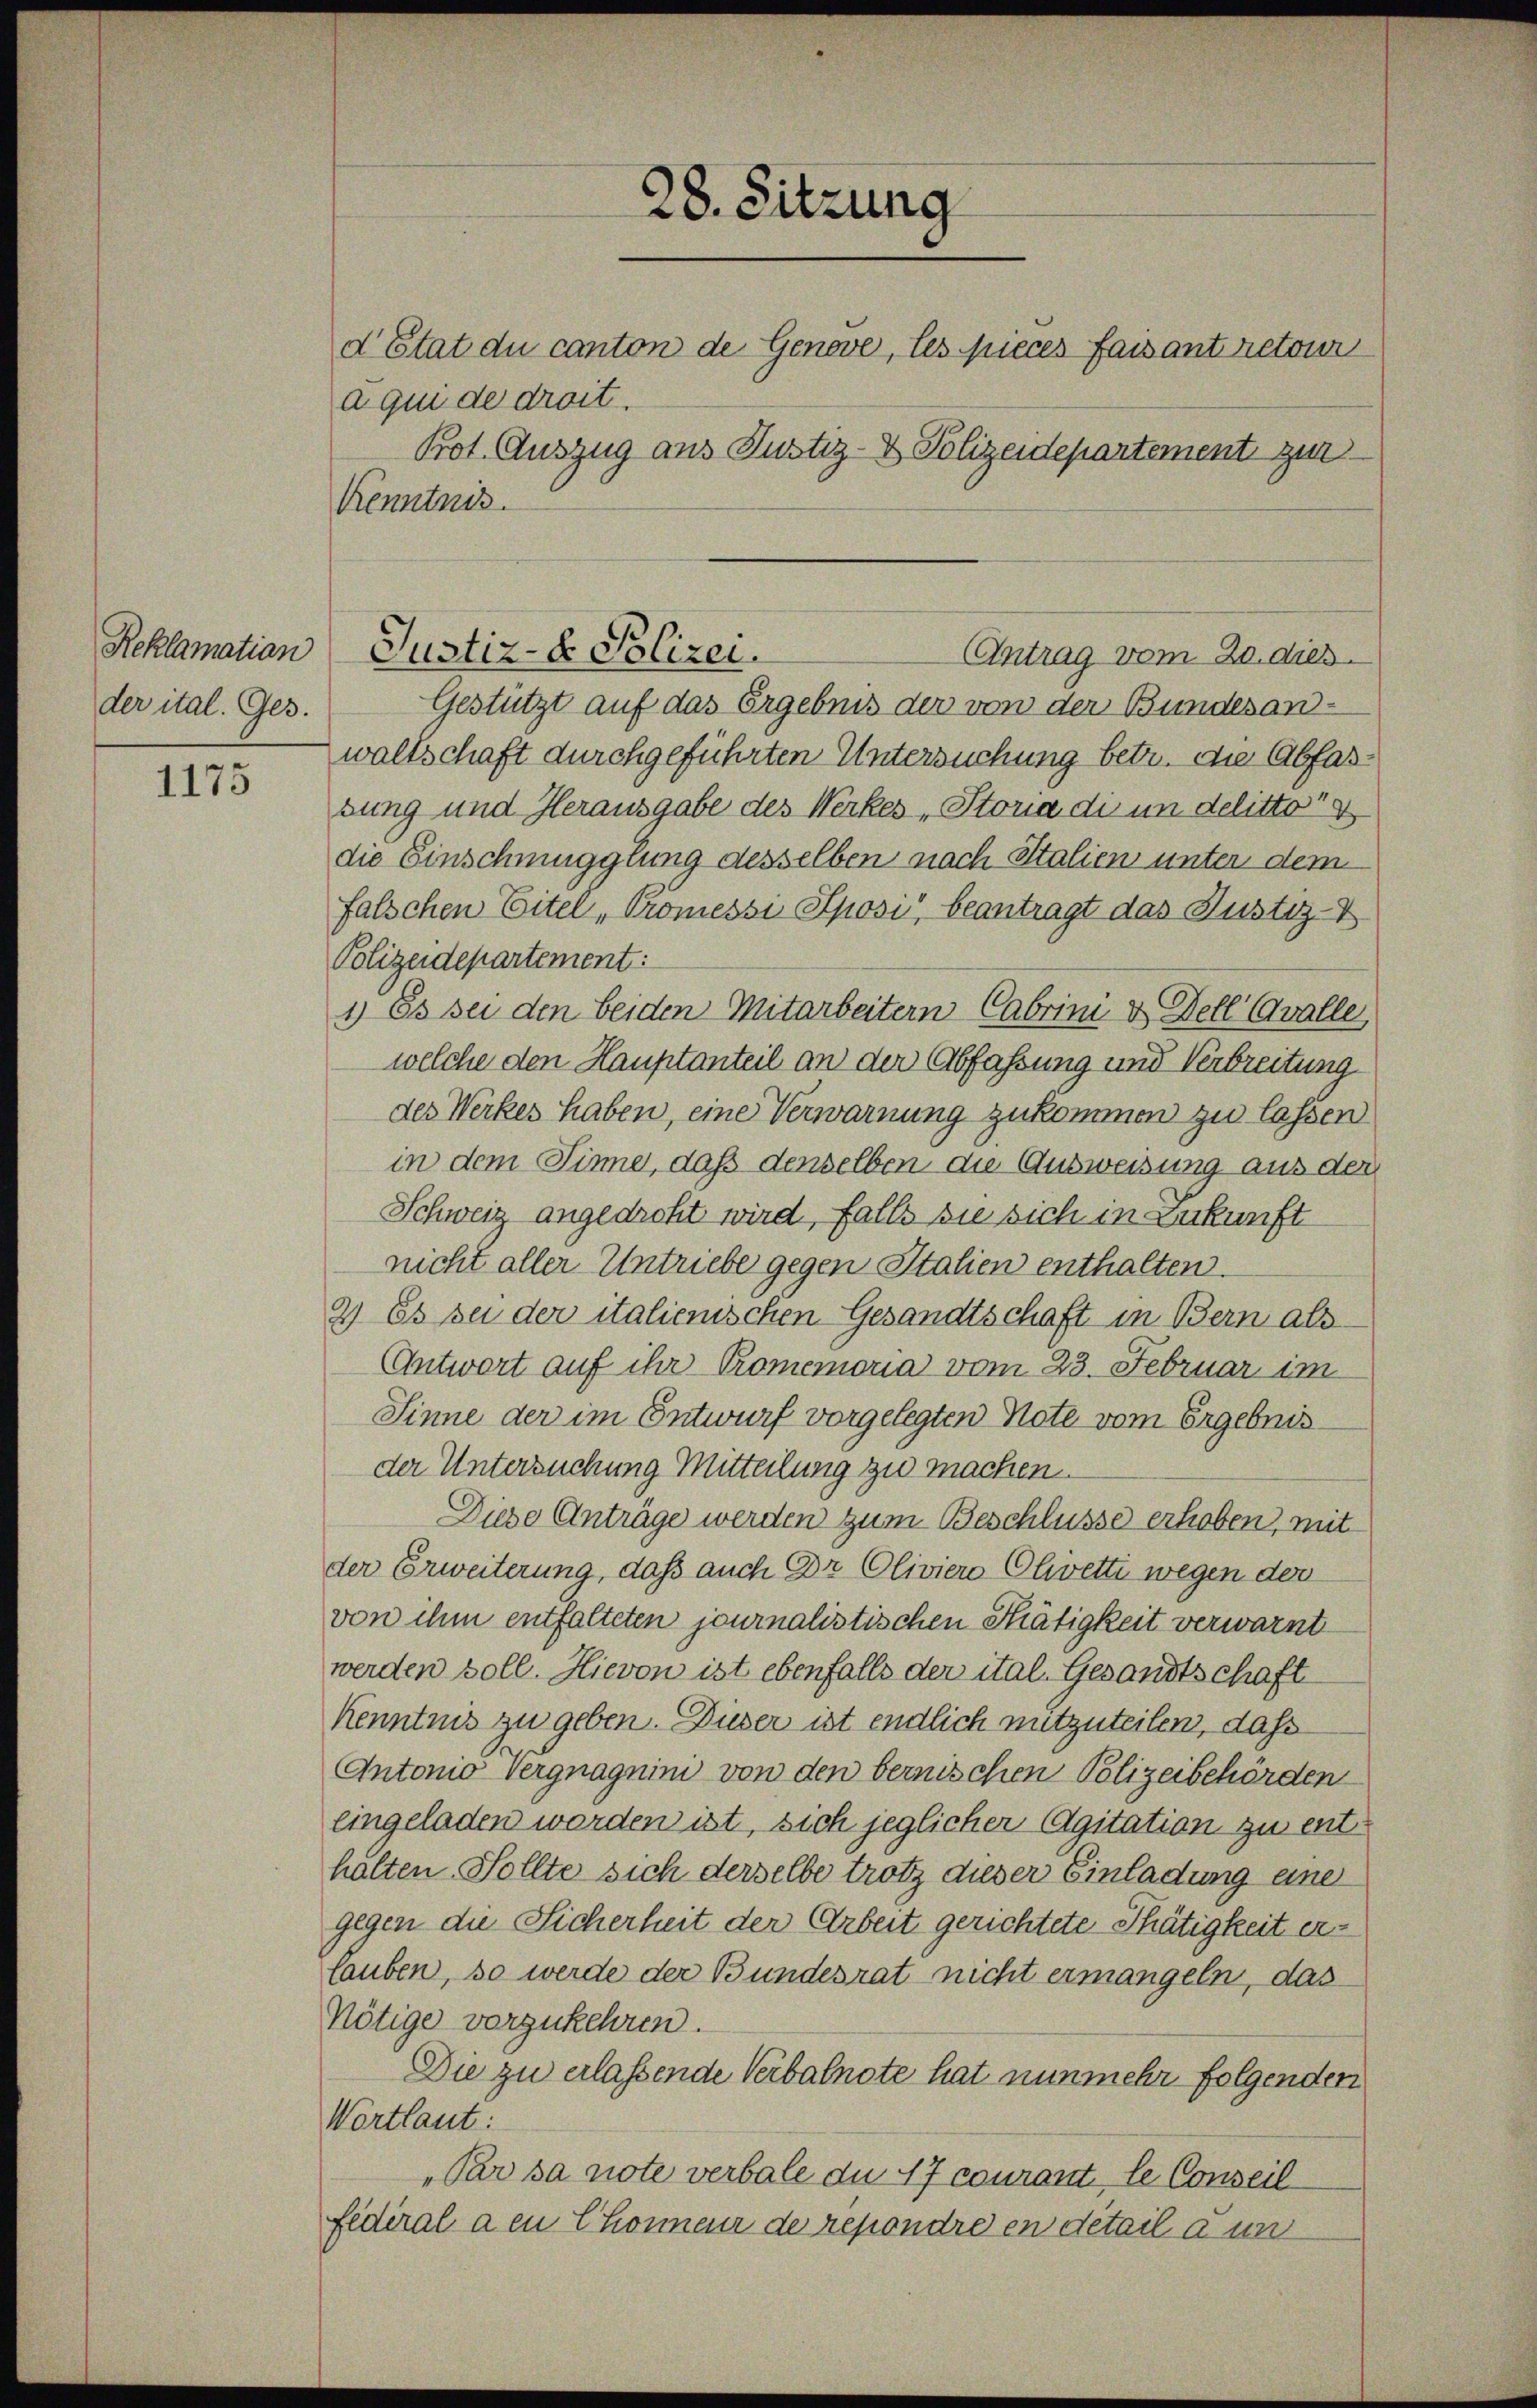
Reklamation
der ital. Ges.

1173

d Etat du canton de Genove, les pieces faisant retour
a qui de droit.
Prot. Auszug aus Justiz- & Polizeidepartement zur
Kenntnis.
Justiz- & Polizei.
Antrag vom 20. dies
Gestützt auf das Ergebnis der von der Bundesanwaltschaft durchgeführten Untersuchung betr. die Abfassung und Herausgabe des Werkes „Storia die in delitto
die Einschmugglung desselben nach Stalien unter dem
falschen Eitel „Promessi Sposi“ beantragt das Justiz-
Polizeidepartement:
1) Es sei den beiden Mitarbeitern Cabrini & Dell Cavalle,
welche den Hauptanteil an der Abfassung und Verbreitung
des Werkes haben, eine Verwarnung zukommen zu lassen
in dem Sinne, daß denselben die Ausweisung aus der
Schweiz angedroht wird, falls sie sich in Zukunft
nicht aller Untriebe gegen Stalien enthalten.
2) Es sei der italienischen Gesandtschaft in Bern als
Antwort auf ihr Promemoria vom 23. Februar im
Sinne der im Entwurf vorgelegten Note vom Ergebnis
der Untersuchung Mitteilung zu machen.
Diese Anträge werden zum Beschlüsse erhoben, mit
der Erweiterung, daß auch Dr Oliviere Olivetti wegen der
von ihm entfalteten journalistischen Thätigkeit verwarntwerden soll. Hievon ist ebenfalls der ital. Gesandtschaft
Kenntnis zu geben. Dieser ist endlich mitzuteilen, das
Antonio Vergnagnini von den bernischen Polizeibehörden
eingeladen werden ist, sich jeglicher Agitation zu enthalten. Sollte sich derselbe trotz dieser Einladung eine
gegen die Sicherheit der Arbeit gerichtete Thätigkeit ertauben, so werde der Bundesrat nicht ermangeln, das
Nötige vorzukehren.
Die zu erlassende Verbalnote hat nunmehr folgenden
Wortlaut:
Par sa note verbale du 47 courant, le Conseil
fidéral a en Chonneur de repondre en detail a un

28. Sitzung